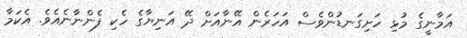
އަމާނީގެ މުޅި ހަށިގަނޑުންވެސް އަހަރެން އޭނާއަށް ދޭ އަނިޔާގެ ހެކި ފެންނާނެއެވެ. އެކަމާ